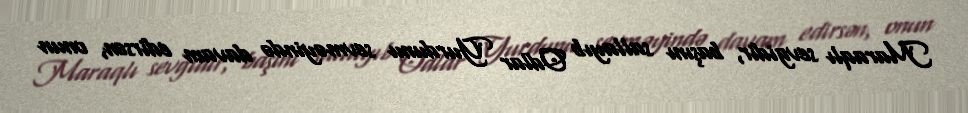
Maraqlı sevgidir, başını sallayıb Odlar Yurdunu sevməyində davam edirsən, onun